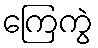
ကြေကွဲ